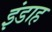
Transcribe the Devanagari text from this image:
इंडाह